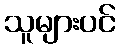
သူများပင်